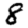
Digit: 8